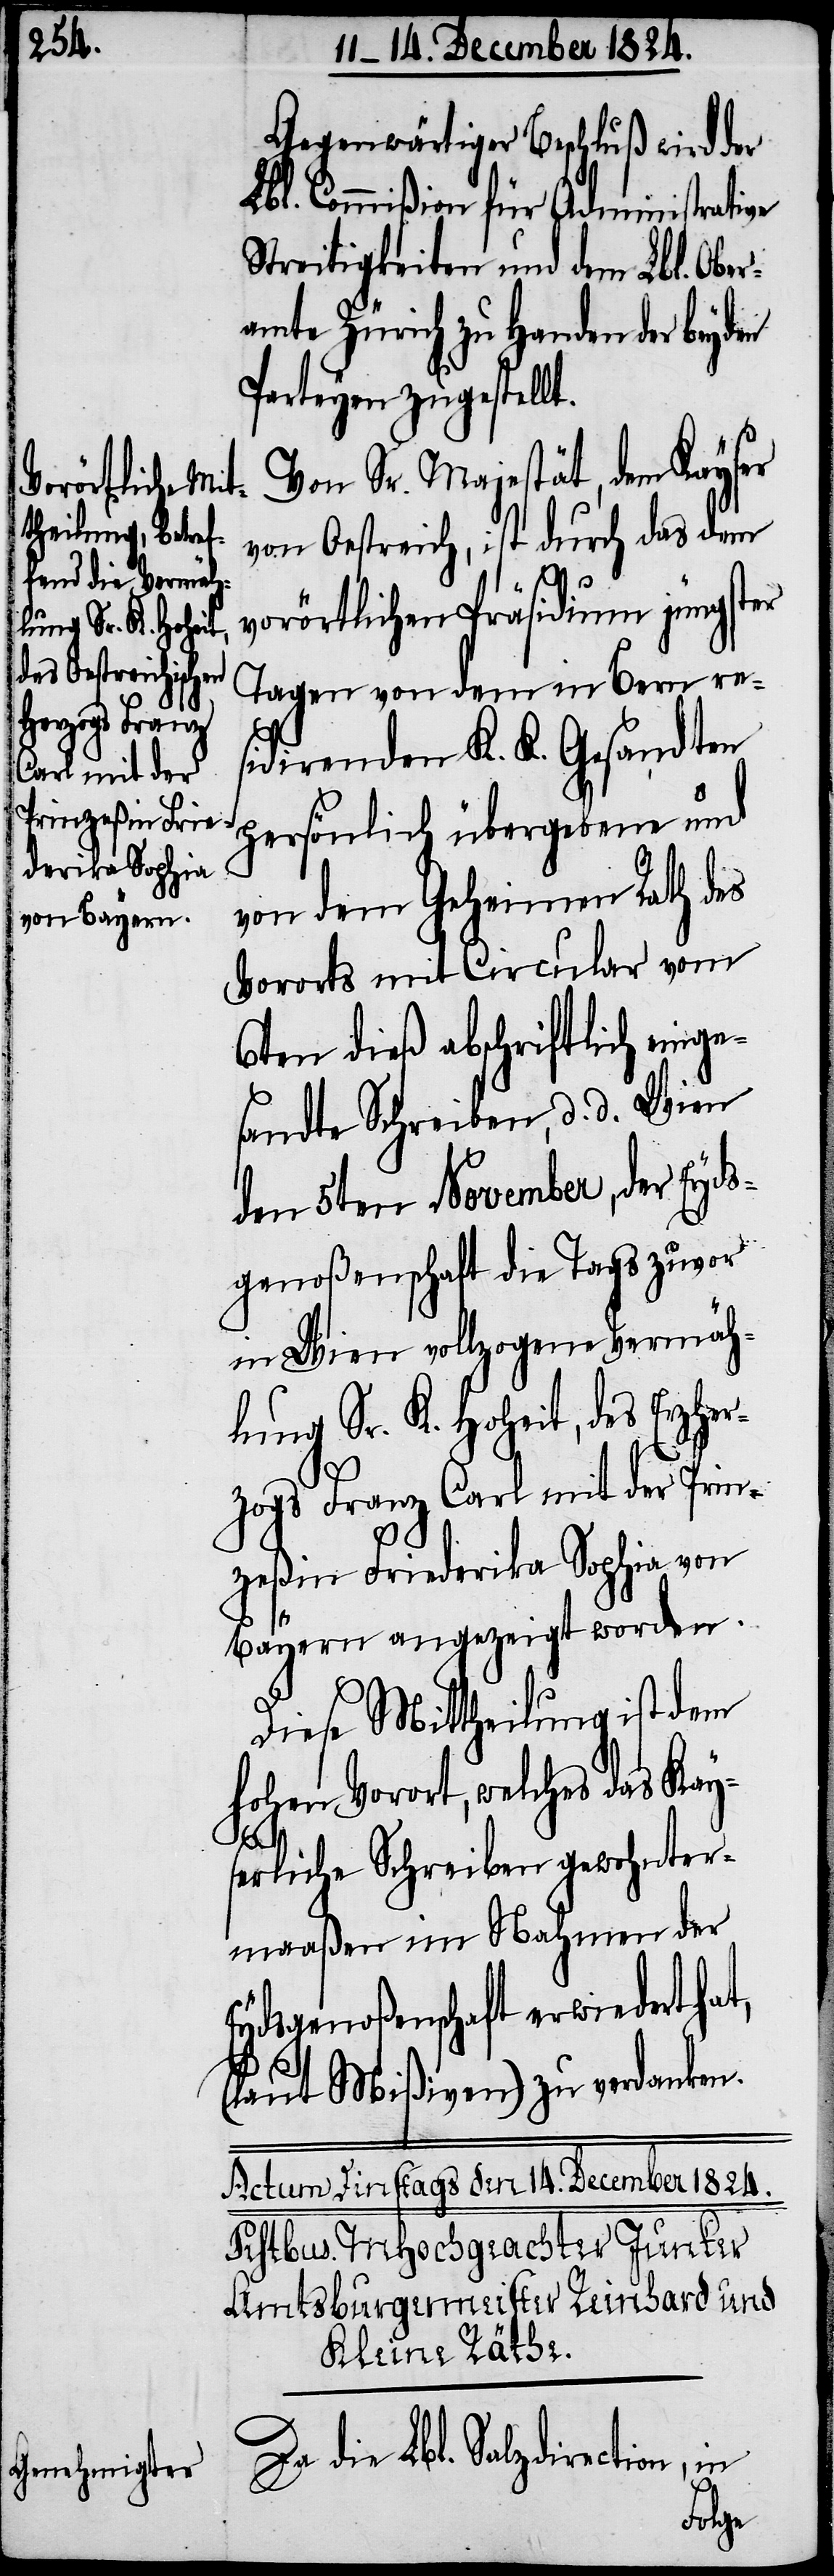
Gegenwärtiger Beschluß wird der
Lbl. Commißion für Administrative
Streitigkeiten und dem Lbl. Ober¬
amte Zürich zu Handen der beyden
Parteyen zugestellt.
Von Sr. Majestät, dem Kayser
von Oestreich, ist durch das dem
vorörtlichen Präsidium jüngster
Tagen von dem in Bern res¬
idirtenden K. K. Gesandten
persönlich übergebene und
von dem Geheimen Rath des
Vororts mit Circular vom
6ten dieß abschriftlich einge¬
sandte Schreiben, d. d. Wien
den 5ten November, der Eyds¬
genoßenschaft die Tags zuvor
in Wien vollzogene Vermäh¬
lung Sr. K. Hoheit, des Erzher¬
zogs Franz Carl mit der Prin¬
zeßin Friederike Sophia von
Bayern angezeigt worden.
Diese Mittheilung ist dem
Hohen Vorort, welches das Kay¬
serliche Schreiben gewohnter¬
maaßen im Nahmen der
Eydsgenoßenschaft erwiedert hat,
(laut Mißiven) zu verdanken.
Da die Lbl. Salzdirection, in